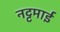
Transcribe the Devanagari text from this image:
नट्टमाई